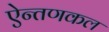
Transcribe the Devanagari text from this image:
ऐन्तणकल